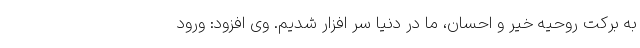
به برکت روحیه خیر و احسان، ما در دنیا سر افزار شدیم. وی افزود: ورود